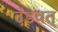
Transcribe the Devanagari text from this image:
दंडवत्‌